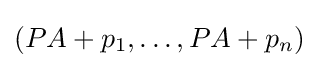
(PA+p_{1},\ldots ,PA+p_{n})